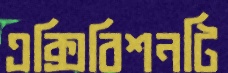
এক্সিবিশনটি